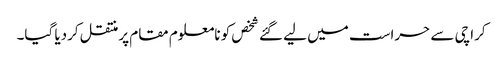
کراچی سے حراست میں لیے گئے شخص کو نامعلوم مقام پرمنتقل کردیا گیا۔